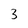
Character: 3